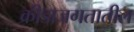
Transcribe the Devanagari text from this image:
क्रीडाजगतातील